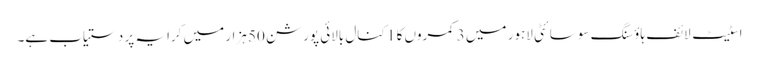
اسٹیٹ لائف ہاؤسنگ سوسائٹی لاہور میں 3 کمروں کا 1 کنال بالائی پورشن 50 ہزار میں کرایہ پر دستیاب ہے۔